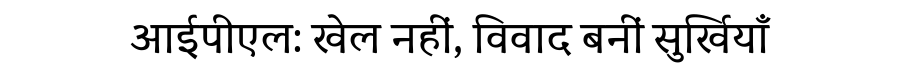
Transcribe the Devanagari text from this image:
आईपीएल: खेल नहीं, विवाद बनीं सुर्खियाँ